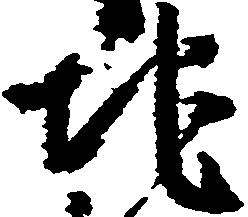
地